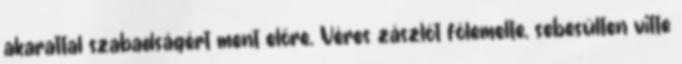
akarattal szabadságért ment előre. Véres zászlót fölemelte, sebesülten vitte